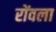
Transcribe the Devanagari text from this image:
रोंवला